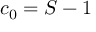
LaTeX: c _ { 0 } = S - 1 \,